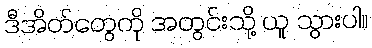
ဒီအိတ်တွေကို အတွင်းသို့ ယူ သွားပါ။